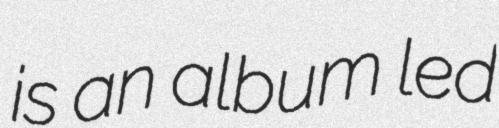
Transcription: is an album led